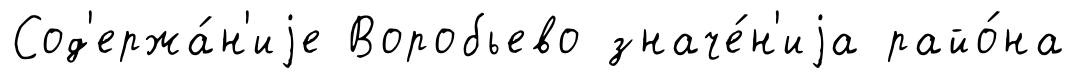
Сод'ержа́н'иjе Воробьево значе́н'иjа райо́на